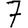
Digit: 7